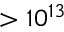
> 1 0 ^ { 1 3 }